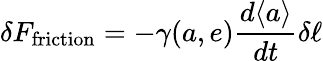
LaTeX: \delta F_{\mathrm{friction}}=-\gamma(a,e)\frac{d\langle a\rangle}{dt}\delta\ell